Civil Veterinary Dept. Bombay admin report 1900-1906 - 1900-1906
Year: 1900
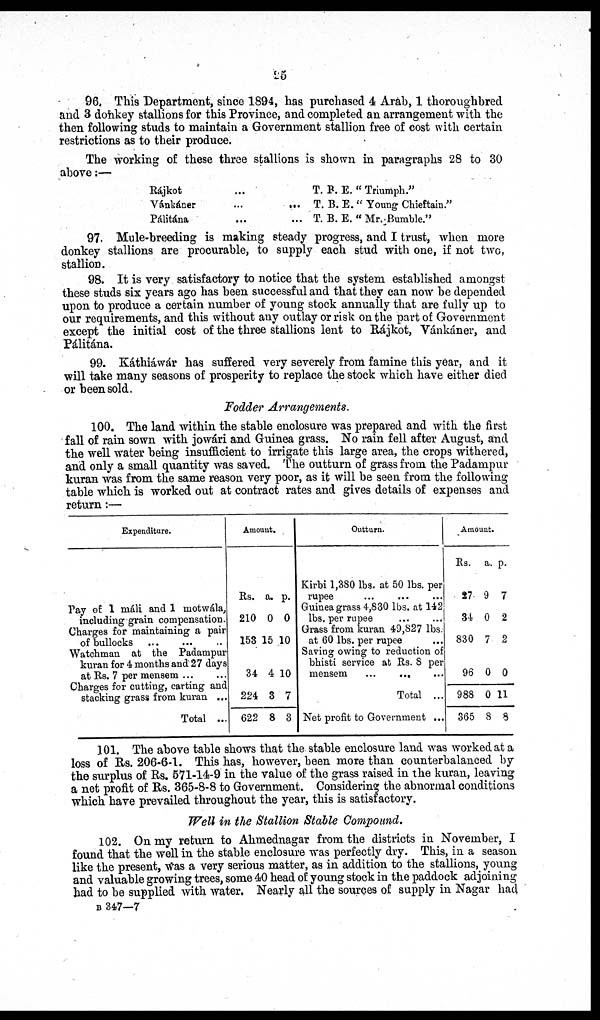
25
96. This Department, since 1894, has purchased 4 Arab, 1 thoroughbred
and 3 donkey stallions for this Province, and completed an arrangement with the
then following studs to maintain a Government stallion free of cost with certain
restrictions as to their produce.
The working of these three stallions is shown in paragraphs 28 to 30
above:—
Rájkot ...
Vánkáner ... ...
Pálitána ... ...
T. B. E. "Triumph."
T. B. E. "Young Chieftain."
T. B. E. "Mr. Bumble."
97. Mule-breeding is making steady progress, and I trust, when more
donkey stallions are procurable, to supply each stud with one, if not two,
stallion.
98. It is very satisfactory to notice that the system established amongst
these studs six years ago has been successful and that they can now be depended
upon to produce a certain number of young stock annually that are fully up to
our requirements, and this without any outlay or risk on the part of Government
except the initial cost of the three stallions lent to Rájkot, Vánkáner, and
Pálitána.
99. Káthiáwar has suffered very severely from famine this year, and it
will take many seasons of prosperity to replace the stock which have either died
or been sold.
Fodder Arrangements.
100. The land within the stable enclosure was prepared and with the first
fall of rain sown with jowári and Guinea grass. No rain fell after August, and
the well water being insufficient to irrigate this large area, the crops withered,
and only a small quantity was saved. The outturn of grass from the Padampur
kuran was from the same reason very poor, as it will be seen from the following
table which is worked out at contract rates and gives details of expenses and
return:—
Expenditure.
Pay of 1 máli and 1 motwála,
including grain compensation.
Charges for maintaining a pair
of bullocks ... ... ...
Watchman at the Padampur
kuran for 4 months and 27 days
at Rs. 7 per mensem ... ...
Charges for cutting, carting and
stacking grass from kuran ...
Total ...
Amo
Rs.
210
153
34
224
622
unt.
a.
0
15
4
3
8
p.
0
10
10
7
3
Outturn.
Kirbi 1,380 lbs. at 50 lbs. per
rupee ... ... ...
Guinea grass 4,830 lbs. at 142
lbs. per rupee ... ...
Grass from kuran 49,827 lbs.
at 60 lbs. per rupee ...
Saving owing to reduction of
bhisti service at Rs. 8 per
mensem
...
... ...
Total ...
Net profit to Government ...
Am
Rs.
27
34
830
96
988
365
ount.
a.
9
0
7
0
0
8
p.
7
2
2
0
11
8
101. The above table shows that the stable enclosure land was worked at a
loss of Rs. 206-6-1. This has, however, been more than counterbalanced by
the surplus of Rs. 571-14-9 in the value of the grass raised in the kuran, leaving
a net profit of Rs. 365-8-8 to Government. Considering the abnormal conditions
which have prevailed throughout the year, this is satisfactory.
Well in the Stallion Stable Compound.
102. On my return to Ahmednagar from the districts in November, I
found that the well in the stable enclosure was perfectly dry. This, in a season
like the present, was a very serious matter, as in addition to the stallions, young
and valuable growing trees, some 40 head of young stock in the paddock adjoining
had to be supplied with water. Nearly all the sources of supply in Nagar had
B 347—7